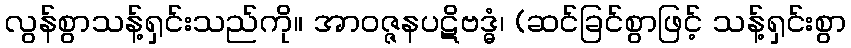
လွန်စွာသန့်ရှင်းသည်ကို။ အာဝဇ္ဇနပဋိဗဒ္ဓံ၊ (ဆင်ခြင်စွာဖြင့် သန့်ရှင်းစွာ